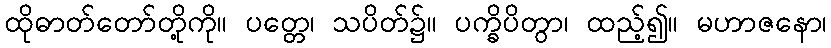
ထိုဓာတ်တော်တို့ကို။ ပတ္တေ၊ သပိတ်၌။ ပက္ခိပိတွာ၊ ထည့်၍။ မဟာဇနော၊